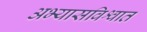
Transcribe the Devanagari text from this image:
अभ्यासविश्वात